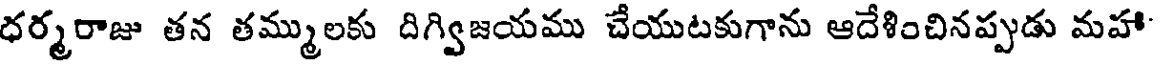
ధర్మరాజు తన తమ్ములకు దిగ్విజయము చేయుటకుగాను ఆదేశించినప్పుడు మహా